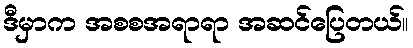
ဒီမှာက အစစအရာရာ အဆင်ပြေတယ်။